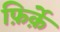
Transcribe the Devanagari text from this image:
फ़िर्क़े